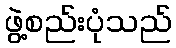
ဖွဲ့စည်းပုံသည်